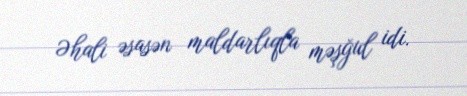
Əhali əsasən maldarlıqla məşğul idi.